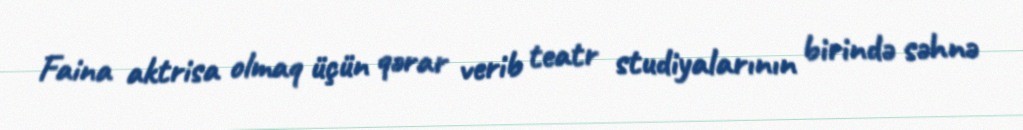
Faina aktrisa olmaq üçün qərar verib teatr studiyalarının birində səhnə